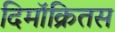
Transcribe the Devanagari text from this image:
दिमॉक्रितस